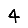
Digit: 4